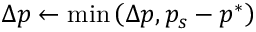
\Delta p \gets \operatorname* { m i n } \left( \Delta p , p _ { s } - p ^ { * } \right)